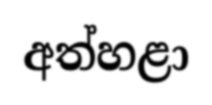
අත්හළා